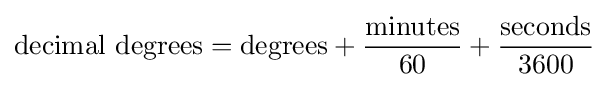
{\rm {{decimal\ degrees}={\rm {{degrees}+{\frac {\rm {minutes}}{60}}+{\frac {\rm {seconds}}{3600}}}}}}